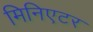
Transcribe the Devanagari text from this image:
मिनिएटर